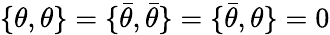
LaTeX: \{ \theta,\theta\} =\{ {\bar{\theta}},{\bar{\theta}}\} =\{ {\bar{\theta}},\theta\} =0